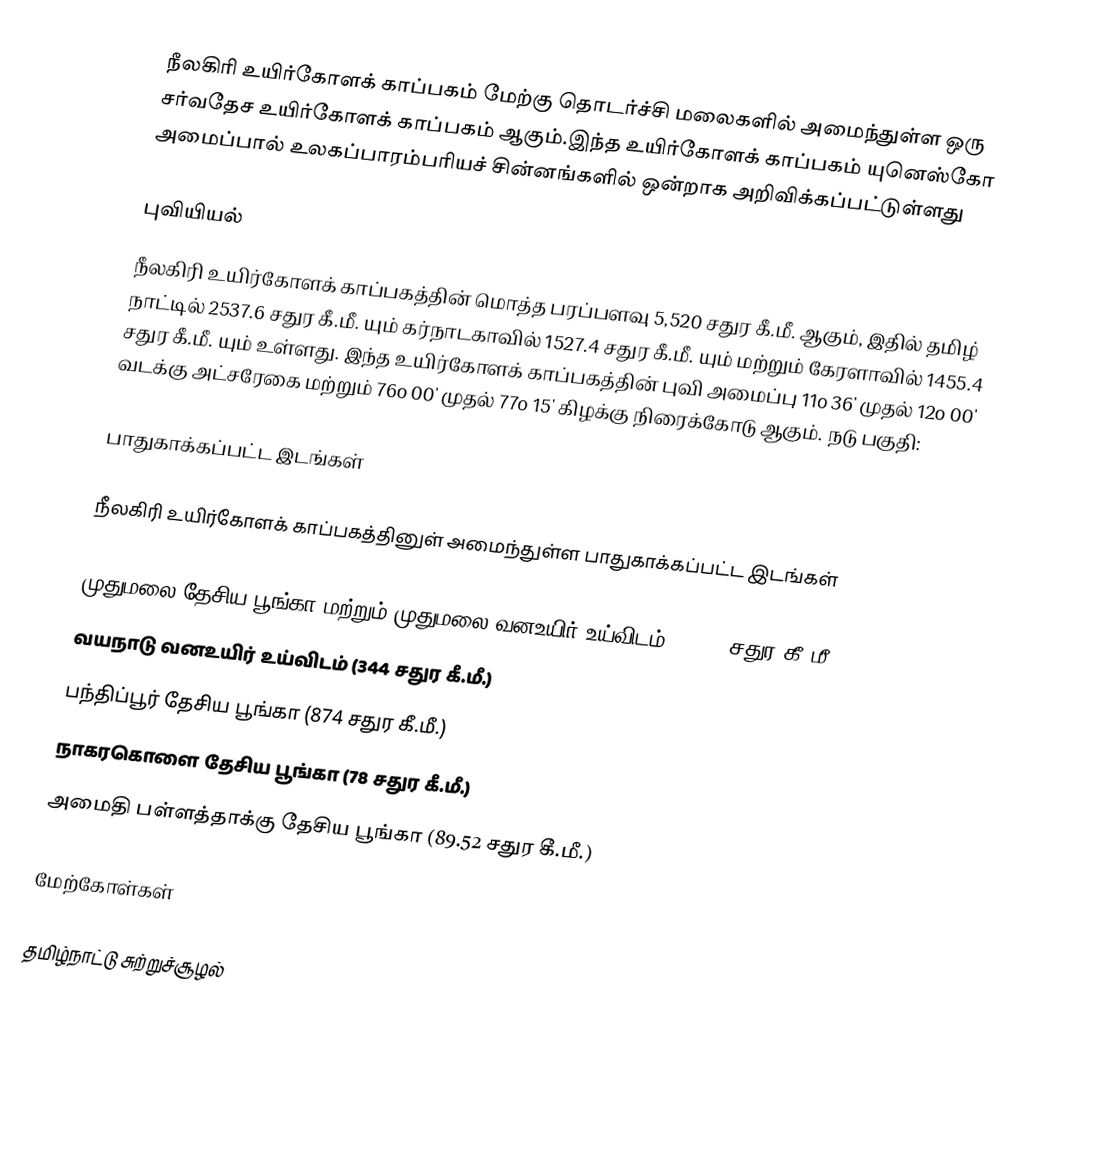
நீலகிரி உயிர்கோளக் காப்பகம் மேற்கு தொடர்ச்சி மலைகளில் அமைந்துள்ள ஒரு சர்வதேச உயிர்கோளக் காப்பகம் ஆகும்.இந்த உயிர்கோளக் காப்பகம் யுனெஸ்கோ அமைப்பால் உலகப்பாரம்பரியச் சின்னங்களில் ஒன்றாக அறிவிக்கப்பட்டுள்ளது

புவியியல்
நீலகிரி உயிர்கோளக் காப்பகத்தின் மொத்த பரப்பளவு 5,520 சதுர கீ.மீ. ஆகும், இதில் தமிழ் நாட்டில் 2537.6 சதுர கீ.மீ. யும் கர்நாடகாவில் 1527.4 சதுர கீ.மீ. யும் மற்றும் கேரளாவில் 1455.4 சதுர கீ.மீ. யும் உள்ளது. இந்த உயிர்கோளக் காப்பகத்தின் புவி அமைப்பு 11o 36' முதல் 12o 00' வடக்கு அட்சரேகை மற்றும் 76o 00' முதல் 77o 15' கிழக்கு நிரைக்கோடு ஆகும். நடு பகுதி:

பாதுகாக்கப்பட்ட இடங்கள்

நீலகிரி உயிர்கோளக் காப்பகத்தினுள் அமைந்துள்ள பாதுகாக்கப்பட்ட இடங்கள்

 முதுமலை தேசிய பூங்கா மற்றும் முதுமலை வனஉயிர் உய்விடம் (321.1 சதுர கீ.மீ.)
 வயநாடு வனஉயிர் உய்விடம் (344 சதுர கீ.மீ.)
 பந்திப்பூர் தேசிய பூங்கா (874 சதுர கீ.மீ.)
 நாகரகொளை தேசிய பூங்கா (78 சதுர கீ.மீ.)
 அமைதி பள்ளத்தாக்கு தேசிய பூங்கா (89.52 சதுர கீ.மீ.)

மேற்கோள்கள்

தமிழ்நாட்டு சுற்றுச்சூழல்